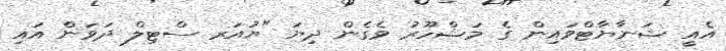
އެއީ ޝަނާޔާޓްވައިން ގެ މަޝްހޫރު ވެގެން ދިޔަ "ޔުއަރ ސްޓިލް ދަވަން އައި